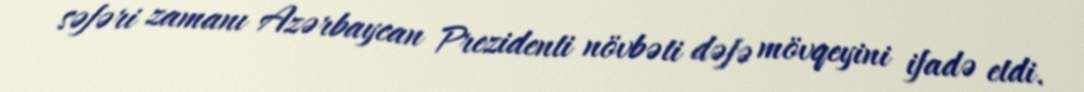
səfəri zamanı Azərbaycan Prezidenti növbəti dəfə mövqeyini ifadə etdi.